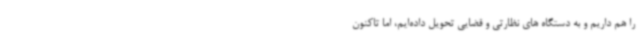
را هم داریم و به دستگاه های نظارتی و قضایی تحویل داده‌ایم، اما تاکنون